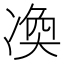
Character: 𠗫